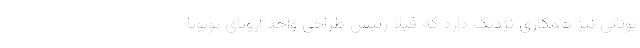
یونانی نیز همکاری نزدیک دارد که قبلا رئیس طراحی واحد اروپای تویوتا